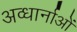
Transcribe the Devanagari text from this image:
अव्धार्नाओं